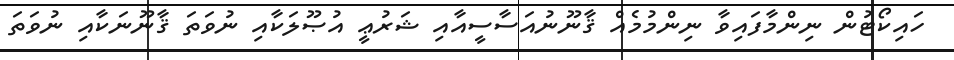
ހައިކޯޓުން ނިންމާފައިވާ ނިންމުމެއް ޤާނޫނުއަސާސީއާއި ޝަރުޢީ އުޞޫލަކާއި ނުވަތަ ޤާނޫނަކާއި ނުވަތަ